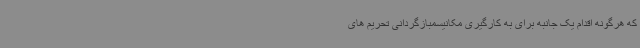
که هرگونه اقدام یک جانبه برای به کارگیری مکانیسمبازگردانی تحریم های